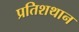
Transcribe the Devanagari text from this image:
प्रतिशथान